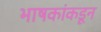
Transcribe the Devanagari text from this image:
भाषकांकडून